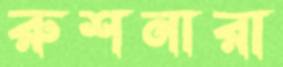
রুশনারা